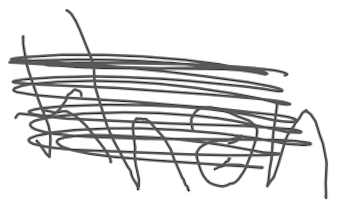
Text: Khan
Cross-out: scratch
Writing tool: digital_gray